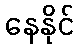
နေနိုင်